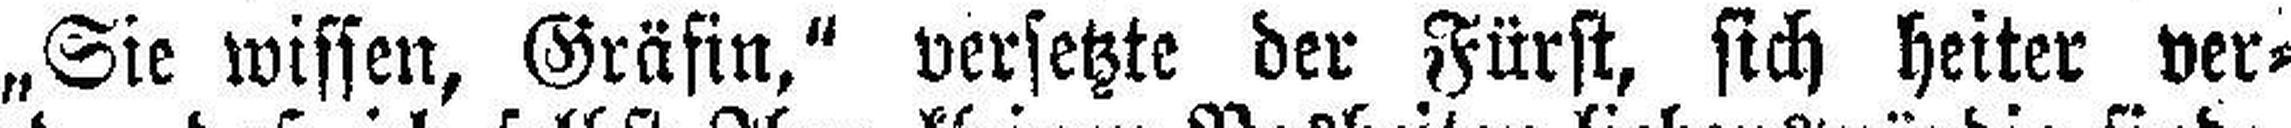
„Sie wissen, Gräfin," versetzte der Fürst, sich heiter ver¬